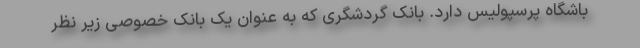
باشگاه پرسپولیس دارد. بانک گردشگری که به عنوان یک بانک خصوصی زیر نظر